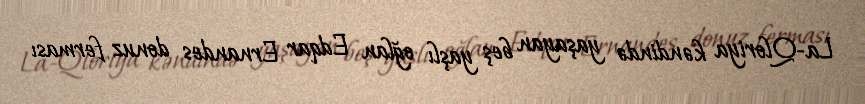
La-Qloriya kəndində yaşayan beş yaşlı oğlan Edqar Ernandes donuz ferması